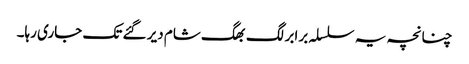
چنانچہ یہ سلسلہ برابر لگ بھگ شام دیر گئے تک جاری رہا۔